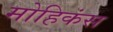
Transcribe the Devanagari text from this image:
मोहिकंस